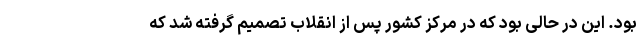
بود. این در حالی بود که در مرکز کشور پس از انقلاب تصمیم گرفته شد که